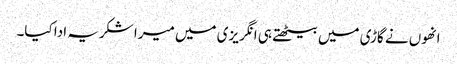
انھوں نے گاڑی میں بیٹھتے ہی انگریزی میں میرا شکریہ ادا کیا۔